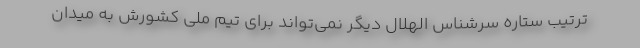
ترتیب ستاره سرشناس الهلال دیگر نمی‌تواند برای تیم ملی کشورش به میدان